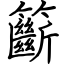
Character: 籪